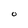
Character: 0